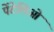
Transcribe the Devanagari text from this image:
पेंटेलिओ